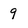
Character: 9